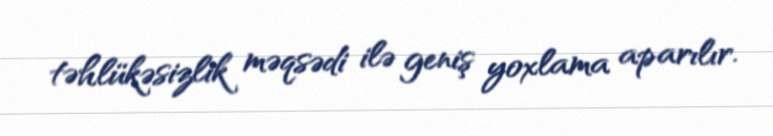
təhlükəsizlik məqsədi ilə geniş yoxlama aparılır.